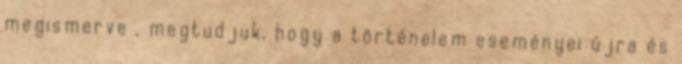
megismerve , megtudjuk, hogy a történelem eseményei újra és